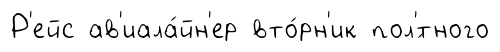
Р'ейс ав'иала́йн'ер вто́рн'ик пол'́тного